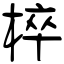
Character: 椊